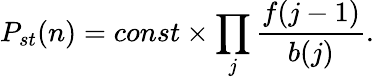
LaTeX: P_{st}(n)=const\times\prod_{j}\frac{f(j-1)}{b(j)}.